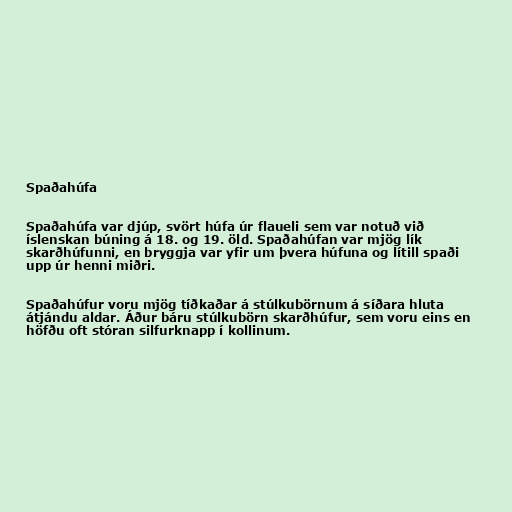
Spaðahúfa

Spaðahúfa var djúp, svört húfa úr flaueli sem var notuð við
íslenskan búning á 18. og 19. öld. Spaðahúfan var mjög lík
skarðhúfunni, en bryggja var yfir um þvera húfuna og lítill spaði
upp úr henni miðri.

Spaðahúfur voru mjög tíðkaðar á stúlkubörnum á síðara hluta
átjándu aldar. Áður báru stúlkubörn skarðhúfur, sem voru eins en
höfðu oft stóran silfurknapp í kollinum.